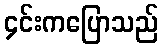
၄င်းကပြောသည်